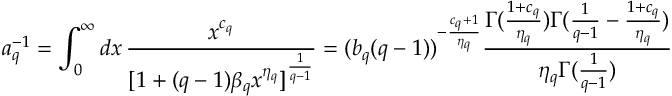
a _ { q } ^ { - 1 } = \int _ { 0 } ^ { \infty } d x \, \frac { x ^ { c _ { q } } } { [ 1 + ( q - 1 ) \beta _ { q } x ^ { \eta _ { q } } ] ^ { \frac { 1 } { q - 1 } } } = ( b _ { q } ( q - 1 ) ) ^ { - \frac { c _ { q } + 1 } { \eta _ { q } } } \frac { \Gamma ( \frac { 1 + c _ { q } } { \eta _ { q } } ) \Gamma ( \frac { 1 } { q - 1 } - \frac { 1 + c _ { q } } { \eta _ { q } } ) } { \eta _ { q } \Gamma ( \frac { 1 } { q - 1 } ) }